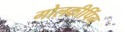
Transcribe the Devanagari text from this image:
गोलकीपिंग